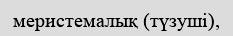
меристемалық (түзуші),